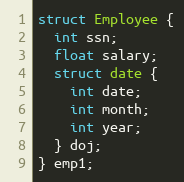
Language: C
struct Employee {
  int ssn;
  float salary;
  struct date {
    int date;
    int month;
    int year;
  } doj;
} emp1;